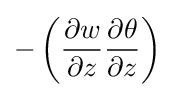
-\left({\frac {\partial w}{\partial z}}{\frac {\partial \theta }{\partial z}}\right)